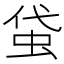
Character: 𧊇